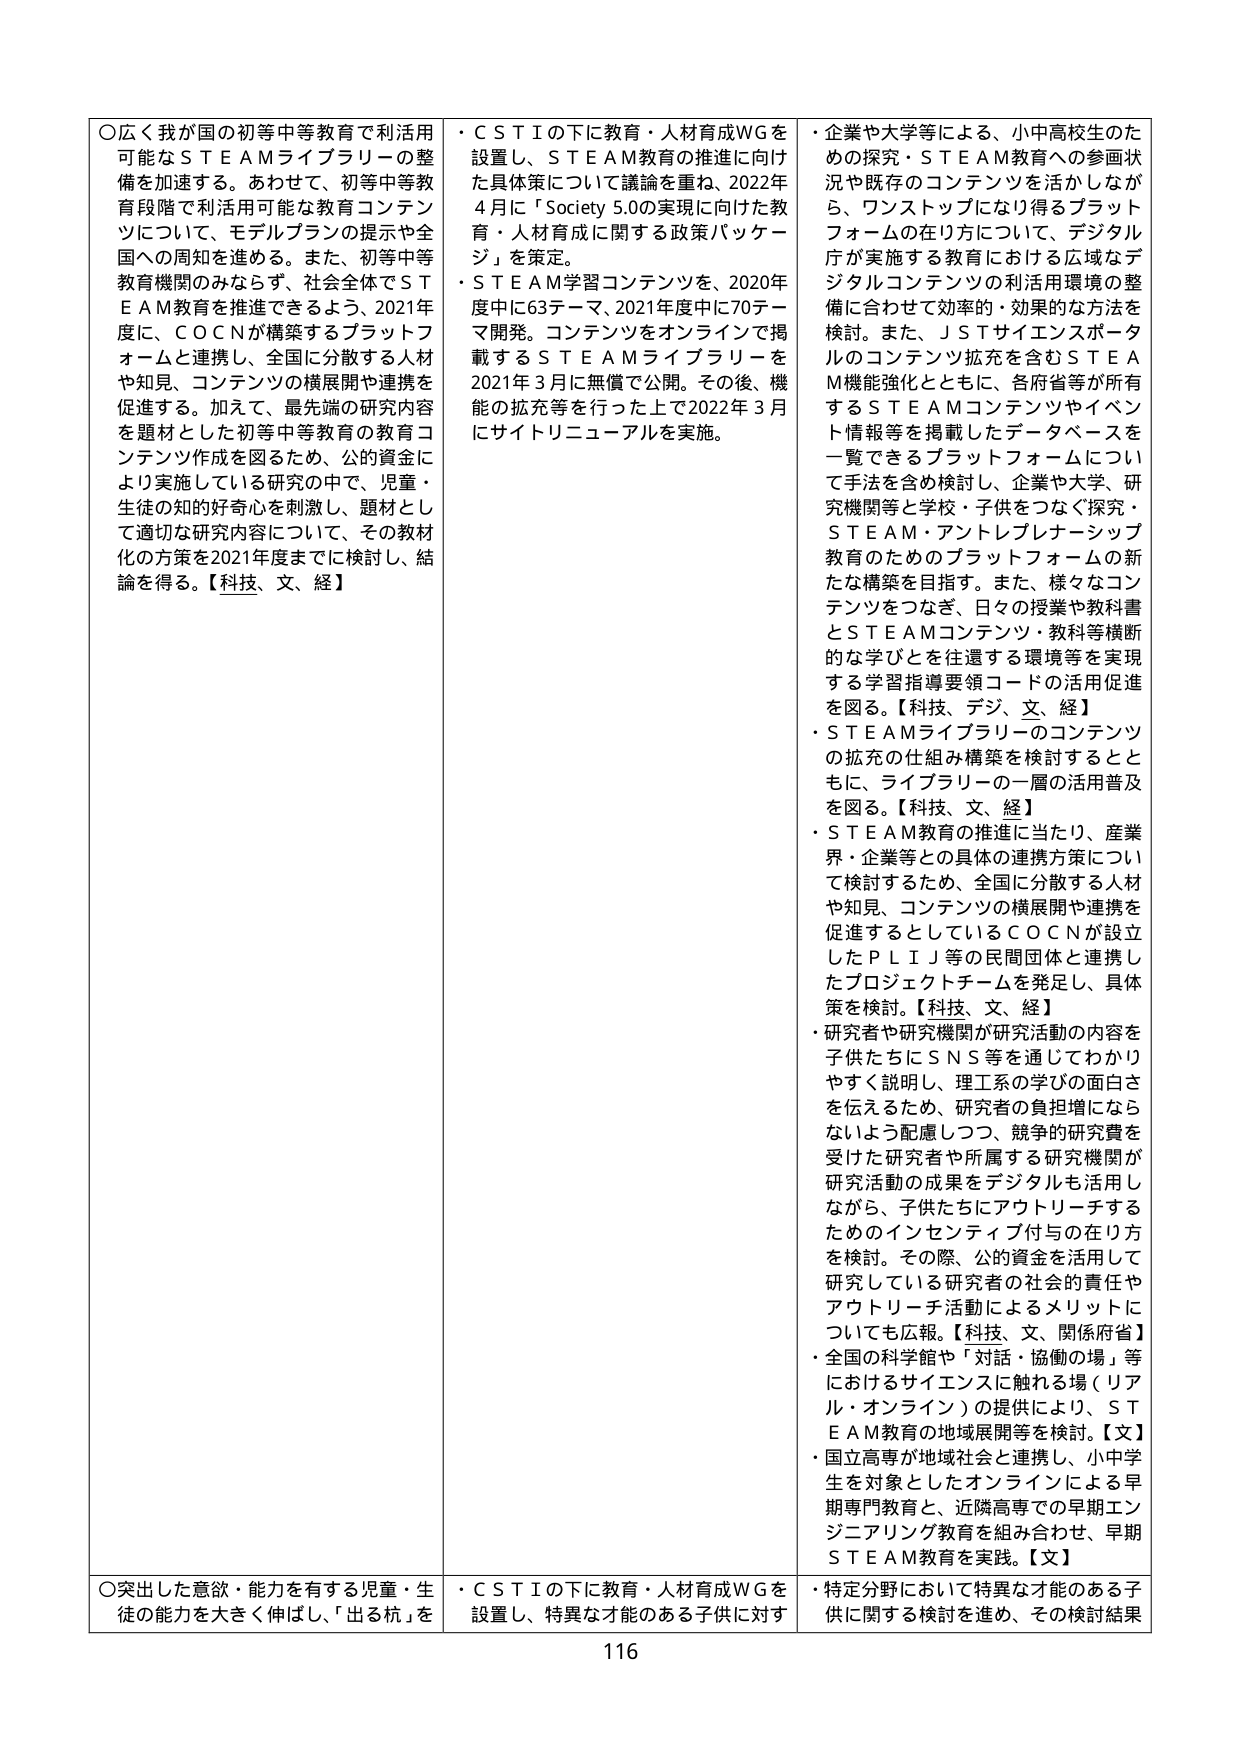
〇広く我が国の初等中等教育で利活用可能なＳＴＥＡＭライブラリーの整備を加速する。あわせて、初等中等教育段階で利活用可能な教育コンテンツについて、モデルプランの提示や全国への周知を進める。また、初等中等教育機関のみならず、社会全体でＳＴＥＡＭ教育を推進できるよう、2021年度に、ＣＯＣＮが構築するプラットフォームと連携し、全国に分散する人材や知見、コンテンツの横展開や連携を促進する。加えて、最先端の研究内容を題材とした初等中等教育の教育コンテンツ作成を図るため、公的資金により実施している研究の中で、児童・生徒の知的好奇心を刺激し、題材として適切な研究内容について、その教材化の方策を2021年度までに検討し、結論を得る。【科技、文、経】

・ＣＳＴＩの下に教育・人材育成ＷＧを設置し、ＳＴＥＡＭ教育の推進に向けた具体策について議論を重ね、2022年4月に「Ｓｏｃｉｅｔｙ 5.0の実現に向けた教育・人材育成に関する政策パッケージ」を策定。

・ＳＴＥＡＭ学習コンテンツを、2020年度中に63テーマ、2021年度中に70テーマ開発。コンテンツをオンラインで掲載するＳＴＥＡＭライブラリーを2021年3月に無償で公開。その後、機能の拡充等を行った上で2022年3月にサイトリニューアルを実施。

・企業や大学等による、小中高生のための探究・ＳＴＥＡＭ教育への参画状況や既存のコンテンツを活かしながら、ワンストップになり得るプラットフォームの在り方について、デジタル庁が実施する教育における広域なデジタルコンテンツの利活用環境の整備に合わせて効率的・効果的な方法を検討。また、ＪＳＴサイエンスボータルのコンテンツ拡充を含むＳＴＥＡＭ機能強化とともに、各府省等が所有するＳＴＥＡＭコンテンツやイベント情報等を掲載したデータベースを一覧できるプラットフォームについて手法を含め検討し、企業や大学、研究機関等と学校・子供をつなぐ研究・ＳＴＥＡＭ・アントレプレナーシップ教育のためのプラットフォームの新たな構築を目指す。また、様々なコンテンツをつなぎ、日々の授業や教科書とＳＴＥＡＭコンテンツ・教科等横断的な学びとを往還する環境等を実現する学習指導要領コードの活用促進を図る。【科技、デジ、文、経】

・ＳＴＥＡＭライブラリーのコンテンツの拡充の仕組み構築を検討するとともに、ライブラリーの一層の活用普及を図る。【科技、文、経】

・ＳＴＥＡＭ教育の推進に当たり、産業界・企業等との具体的連携方策について検討するため、全国に分散する人材や知見、コンテンツの横展開や連携を促進するとしているＣＯＣＮが設立したＰＬＩＪ等の民間団体と連携したプロジェクトチームを発足し、具体策を検討。【科技、文、経】

・研究者や研究機関が研究活動の内容を子供たちにＳＮＳ等を通じてわかりやすく説明し、理工系の学びの面白さを伝えるため、研究者の負担増にならないよう配慮しつつ、競争的研究費を受けた研究者や所属する研究機関が研究活動の成果をデジタルも活用しながら、子供たちにアウトリーチするためのインセンティブ付与の在り方を検討。その際、公的資金を活用して研究している研究者の社会的責任やアウトリーチ活動によるメリットについても広報。【科技、文、関係府省】

・全国の科学館や「対話・協働の場」等におけるサイエンスに触れる場（リアル・オンライン）の提供により、ＳＴＥＡＭ教育の地域展開等を検討。【文】

・国立高専が地域社会と連携し、小中学生を対象としたオンラインによる早期専門教育と、近隣高専での早期エンジニアリング教育を組み合わせ、早期ＳＴＥＡＭ教育を実践。【文】

〇突出した意欲・能力を有する児童・生徒の能力を大きく伸ばし、「出る杭」を

・ＣＳＴＩの下に教育・人材育成ＷＧを設置し、特異な才能のある子供に対す

・特定分野において特異な才能のある子供に関する検討を進め、その検討結果

116